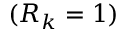
( R _ { k } = 1 )